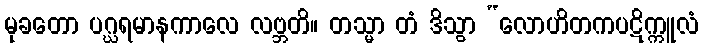
မုခတော ပဂ္ဃရမာနကာလေ လဗ္ဘတိ။ တသ္မာ တံ ဒိသွာ “လောဟိတကပဋိက္ကူလံ